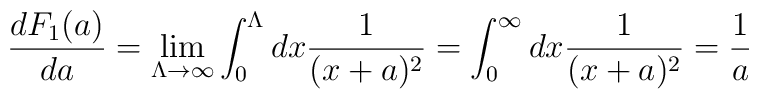
\frac{dF_1(a)}{da}=\lim_{\Lambda \rightarrow \infty }\int_0^\Lambda dx\frac1{(x+a)^2}=\int_0^\infty dx\frac 1{(x+a)^2}=\frac 1a